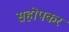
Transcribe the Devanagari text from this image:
सहोपकर